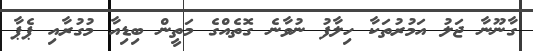
ގާނޫނާ ޖަލު އަމުރުތަކާ ހިލާފު ނުވާނެ ގޮތެއްގެ މަތީން ބިޑިއާ މުގުރާއި ޕެޕާ